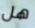
هل